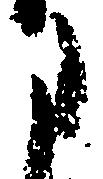
た